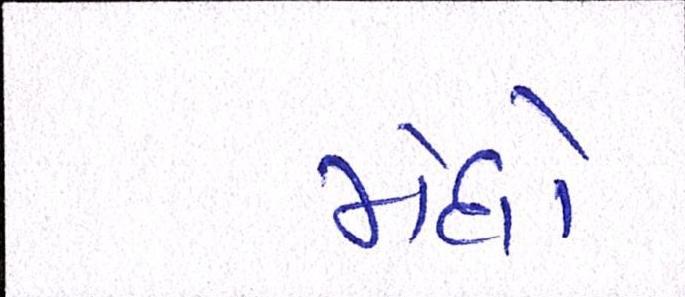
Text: મેઘો